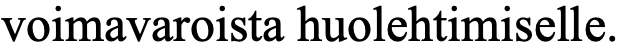
voimavaroista huolehtimiselle.